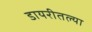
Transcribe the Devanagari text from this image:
डायरीतल्या